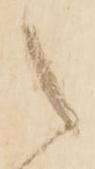
之